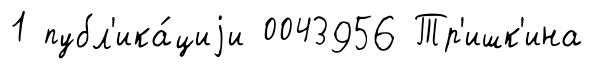
1 публ'ика́циjи 0043956 Тр'ишк'ина